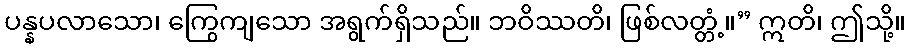
ပန္နပလာသော၊ ကြွေကျသော အရွက်ရှိသည်။ ဘဝိဿတိ၊ ဖြစ်လတ္တံ့။” ဣတိ၊ ဤသို့။